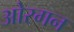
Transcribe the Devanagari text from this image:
ओरगन